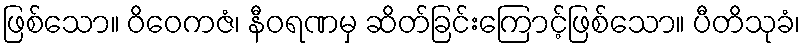
ဖြစ်သော။ ဝိဝေကဇံ၊ နီဝရဏမှ ဆိတ်ခြင်းကြောင့်ဖြစ်သော။ ပီတိသုခံ၊